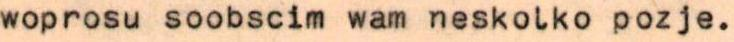
woprosu soobscim wam neskolko pozje.